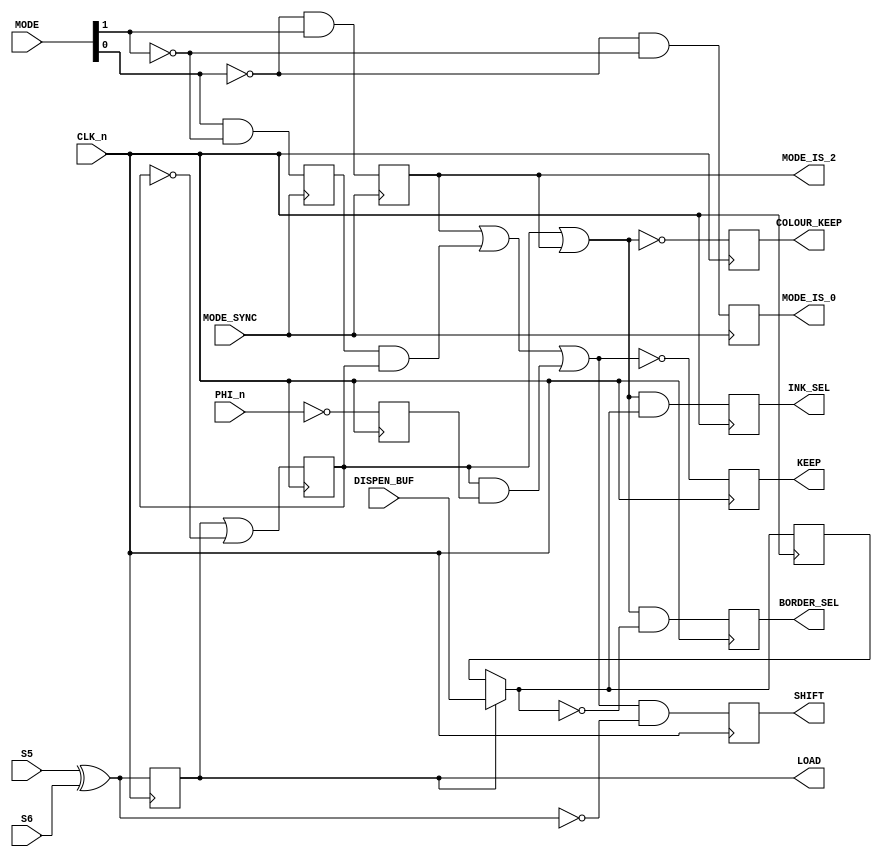
// ===============================================================================
//
//  Amstrad CPC Gate Array for Xilinx X95288XL
//
//  Copyright (C) 2021 Darren Johnstone <darren@darrenjohnstone.scot>
//
//  This program is free software; you can redistribute it and/or modify it
//  under the terms of the GNU General Public License as published by the Free
//  Software Foundation; either version 2 of the License, or (at your option)
//  any later version.
//
//  This program is distributed in the hope that it will be useful, but WITHOUT
//  ANY WARRANTY; without even the implied warranty of MERCHANTABILITY or
//  FITNESS FOR A PARTICULAR PURPOSE.  See the GNU General Public License for
//  more details.
//
//  You should have received a copy of the GNU General Public License along
//  with this program; if not, write to the Free Software Foundation, Inc.,
//  51 Franklin Street, Fifth Floor, Boston, MA 02110-1301 USA.
//
//  Acknowledgements:
//
//  Based on 40010-simplified_V03.pdf by Gerald 
//  (https://www.cpcwiki.eu/forum/amstrad-cpc-hardware/gate-array-decapped!) 
//  
//  Partially based on the Amstrad MiSTer core by Gyorgy Szombathelyi
//  https://github.com/MiSTer-devel/Amstrad_MiSTer/tree/master/rtl/GA40010
// ===============================================================================
module VideoControl(input CLK_n,
                    input DISPEN_BUF,
                    input S5,
                    input S6,
                    input PHI_n,
                    input[1 : 0] MODE,
                    input MODE_SYNC,
                    output LOAD,
                    output COLOUR_KEEP,
                    output INK_SEL,
                    output BORDER_SEL,
                    output SHIFT,
                    output KEEP,
                    output MODE_IS_0,
                    output MODE_IS_2);
  reg _mode_is_0;
  reg _mode_is_1;
  reg _mode_is_2;
  // u1009, u1010, u1011
  always
    @(posedge MODE_SYNC)
      begin
        _mode_is_2 <= ~MODE[0] & MODE[1];
        _mode_is_1 <= MODE[0] & ~MODE[1];
        _mode_is_0 <= ~MODE[0] & ~MODE[1];
      end
  assign MODE_IS_0 = _mode_is_0;
  assign MODE_IS_2 = _mode_is_2;
  reg u1005,
      u1013,
      u1007,
      _load,
      _colour_keep,
      _ink_sel,
      _border_sel,
      _shift,
      _keep;
  wire u1008 = _load ? DISPEN_BUF : u1005;
  wire u1017 = _mode_is_2 | (_mode_is_1 & u1013) | (u1013 & u1007);
  always
    @(posedge CLK_n)
      begin
        _load <= S5 ^ S6;
        u1007 <= ~PHI_n;
        u1005 <= u1008;
        u1013 <= _load | ~u1013;
        _colour_keep <= ~(u1013 | _mode_is_2);
        _ink_sel <= (u1013 | _mode_is_2) & u1008;
        _border_sel <= (u1013 | _mode_is_2) & ~u1008;
        _shift <= u1017 & ~(S5 ^ S6);
        _keep <= ~u1017;
      end
  assign LOAD = _load;
  assign COLOUR_KEEP = _colour_keep;
  assign INK_SEL = _ink_sel;
  assign BORDER_SEL = _border_sel;
  assign SHIFT = _shift;
  assign KEEP = _keep;
endmodule